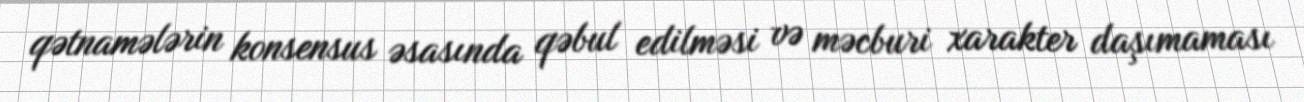
qətnamələrin konsensus əsasında qəbul edilməsi və məcburi xarakter daşımaması